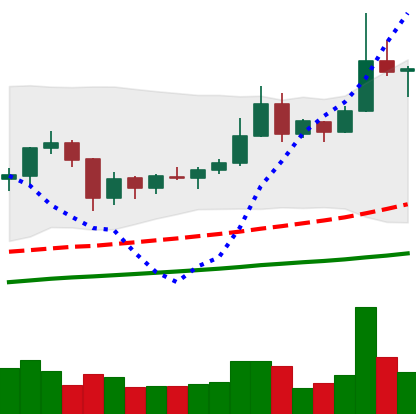
Ticker: XRP-USD
Chart end date: 2019-06-24
Forward return: -8.66%
Label: down_7plus